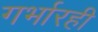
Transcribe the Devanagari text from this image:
गर्भारही